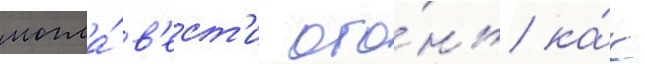
могла́ в'ест'и ого́нь ка́к